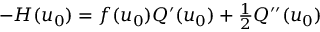
\begin{array} { r } { - H ( u _ { 0 } ) = f ( u _ { 0 } ) Q ^ { \prime } ( u _ { 0 } ) + \frac { 1 } { 2 } Q ^ { \prime \prime } ( u _ { 0 } ) } \end{array}